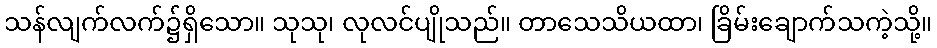
သန်လျက်လက်၌ရှိသော။ သုသု၊ လုလင်ပျိုသည်။ တာသေသိယထာ၊ ခြိမ်းချောက်သကဲ့သို့။